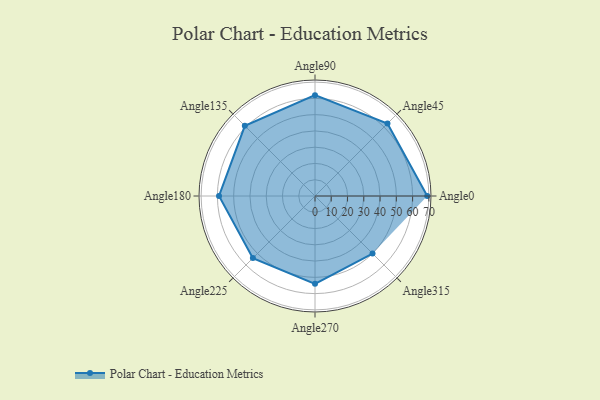
{"axis": {"x": "Angle", "y": "Radius"}, "legend": [""], "data": [{"x": "Angle0", "y": 69.0, "type": ""}, {"x": "Angle45", "y": 63.0, "type": ""}, {"x": "Angle90", "y": 62.0, "type": ""}, {"x": "Angle135", "y": 61.0, "type": ""}, {"x": "Angle180", "y": 59.0, "type": ""}, {"x": "Angle225", "y": 54.0, "type": ""}, {"x": "Angle270", "y": 54.0, "type": ""}, {"x": "Angle315", "y": 50, "type": ""}]}